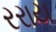
રરાય